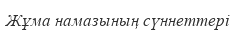
Жұма намазының сүннеттері